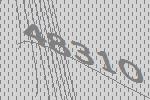
48310